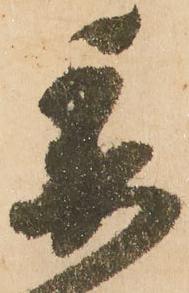
委